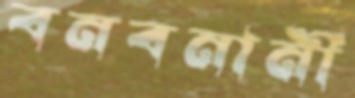
বনবনানী